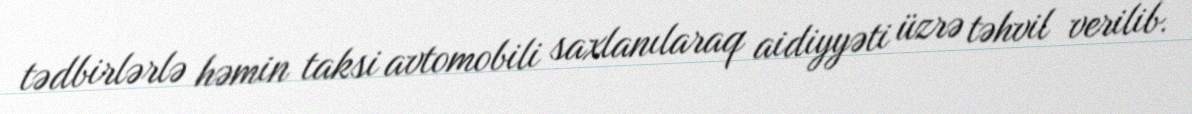
tədbirlərlə həmin taksi avtomobili saxlanılaraq aidiyyəti üzrə təhvil verilib.